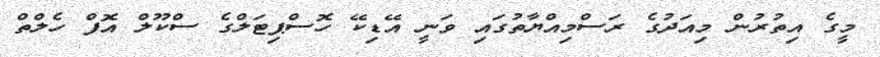
މީގެ އިތުރުން މިއަދުގެ ރަސްމިއްޔާތުގައި ވަނީ އޭޑިކޭ ހޮސްޕިޓަލްގެ ސްކޫލް އޮފް ހެލްތް